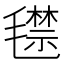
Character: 𣰙